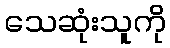
သေဆုံးသူကို